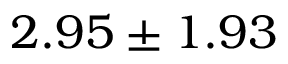
2 . 9 5 \pm 1 . 9 3